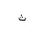
Letter: _tha